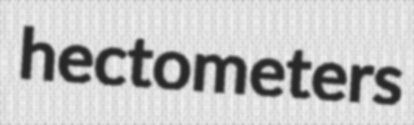
hectometers